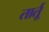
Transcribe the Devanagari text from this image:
तार्तू